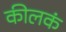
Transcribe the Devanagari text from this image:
कीलकं